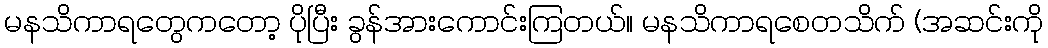
မနသိကာရတွေကတော့ ပိုပြီး ခွန်အားကောင်းကြတယ်။ မနသိကာရစေတသိက် (အဆင်းကို